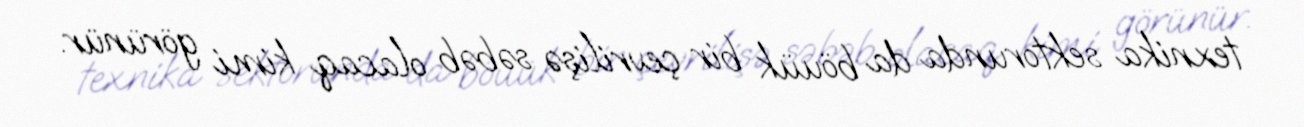
texnika sektorunda da böuük bir çevrilişə səbəb olacaq kimi görünür.